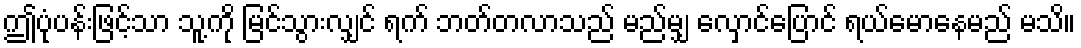
ဤပုံပန်းဖြင့်သာ သူ့ကို မြင်သွားလျှင် ရက် ဘတ်တလာသည် မည်မျှ လှောင်ပြောင် ရယ်မောနေမည် မသိ။